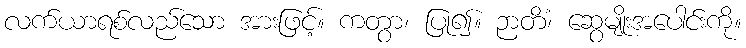
လက်ယာရစ်လည်သော အားဖြင့်။ ကတွာ၊ ပြု၍။ ဉာတိံ၊ ဆွေမျိုးအပေါင်းကို။